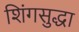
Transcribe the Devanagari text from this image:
शिंगसुद्धा